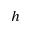
h